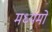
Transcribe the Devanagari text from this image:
मध्यमों